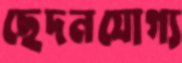
ছেদনযোগ্য